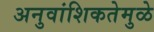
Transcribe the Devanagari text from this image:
अनुवांशिकतेमुळे